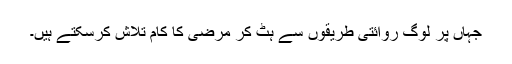
جہاں پر لوگ روائتی طریقوں سے ہٹ کر مرضی کا کام تلاش کرسکتے ہیں۔